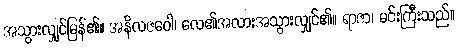
အသွားလျှင်မြန်၏။ အနိလဇဝေါ၊ လေ၏အလားအသွားလျှင်၏။ ရာဇာ၊ မင်းကြီးသည်။